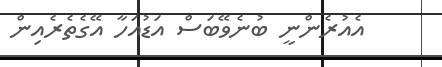
އެއުރެންނީ ބުނެވޭބަސް އަޑުއަހާ އޭގެތެރެއިން